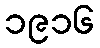
၁၉၁၆